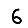
Digit: 6